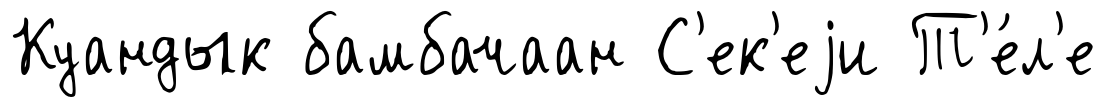
Куандык бамбачаан С'ек'еjи Т'е́л'е